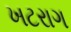
ખટરાગ